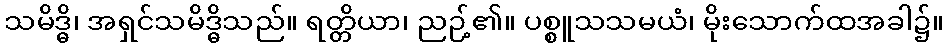
သမိဒ္ဓိ၊ အရှင်သမိဒ္ဓိသည်။ ရတ္တိယာ၊ ညဉ့်၏။ ပစ္စူသသမယံ၊ မိုးသောက်ထအခါ၌။